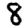
Digit: 8